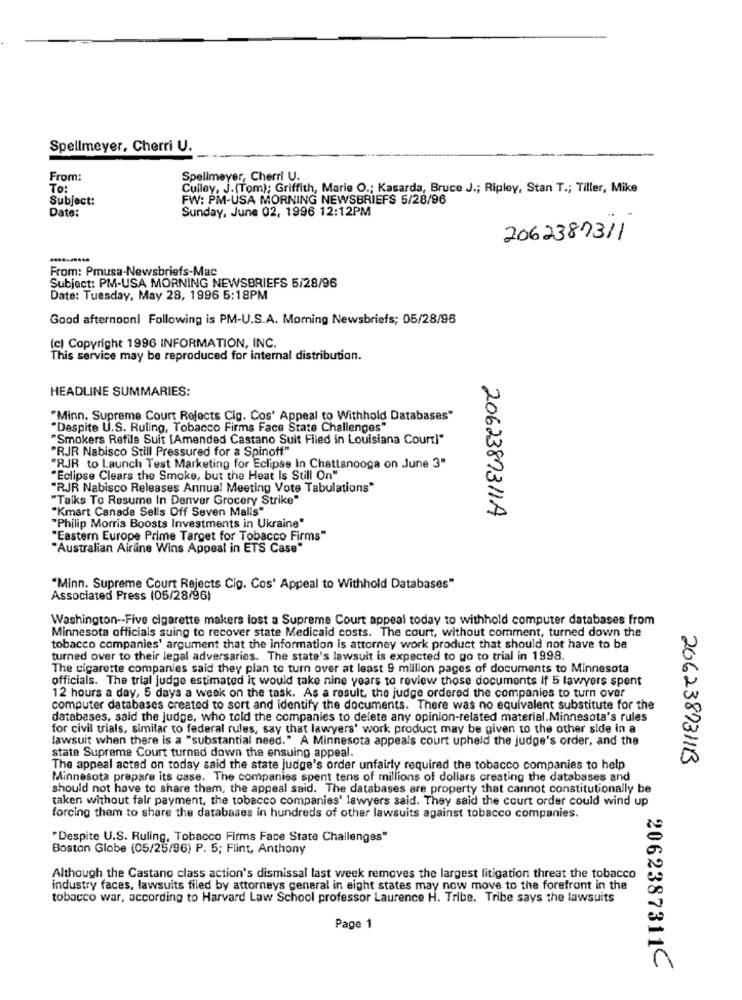
Spellmeyer, Cherri U.
From:
Spellmeyer, Cherri U.
To:
Culley, J.(Tom); Griffith, Marie O .; Kasarda, Bruce J .; Ripley, Stan T .; Tiller, Mike
Subject:
FW: PM-USA MORNING NEWSBRIEFS 5/28/96
Date:
Sunday, June 02, 1996 12:12PM
2062387311
From: Pmusa-Newsbriefs-Mac
Subject: PM-USA MORNING NEWSBRIEFS 5/28/96
Date: Tuesday, May 28, 1996 5:18PM
Good afternoon! Following is PM-U.S.A. Morning Newsbriefs; 05/28/96
(c) Copyright 1996 INFORMATION, INC.
This service may be reproduced for internal distribution.
HEADLINE SUMMARIES:
"Minn. Supreme Court Rejects Cig. Cos' Appeal to Withhold Databases"
"Despite U.S. Ruling, Tobacco Firms Face State Challenges"
"Smokers Refile Suit [Amended Castano Suit Filed in Louisiana Court]"
"RJR Nabisco Still Pressured for a Spinoff"
"RJR to Launch Test Marketing for Eclipse In Chattanooga on June 3"
"Eclipse Clears the Smoke, but the Heat Is Still On"
"RJR Nabisco Releases Annual Meeting Vote Tabulations"
"Talks To Resume In Denver Grocery Strike"
"Kmart Canada Selis Off Seven Malis"
2062387311A
"Philip Morris Boosts Investments in Ukraine"
"Eastern Europe Prime Target for Tobacco Firms"
"Australian Airline Wins Appeal in ETS Case"
"Minn. Supreme Court Rejects Cig. Cos' Appeal to Withhold Databases"
Associated Press (05/28/96)
Washington -- Five cigarette makers lost a Supreme Court appeal today to withhold computer databases from
Minnesota officials suing to recover state Medicaid costs. The court, without comment, turned down the
tobacco companies' argument that the information is attorney work product that should not have to be
turned over to their legal adversaries. The state's lawsuit is expected to go to trial in 1998.
The cigarette companies said they plan to turn over at least 9 million pages of documents to Minnesota
officials. The trial judge estimated it would take nine years to review those documents If 5 lawyers spent
12 hours a day, 5 days a week on the task. As a result, the judge ordered the companies to turn over
computer databases created to sort and identify the documents. There was no equivalent substitute for the
databases, said the judge, who told the companies to delete any opinion-related material.Minnesota's rules
for civil trials, similar to federal rules, say that lawyers' work product may be given to the other side in a
lawsuit when there is a "substantial need." A Minnesota appeals court upheld the judge's order, and the
state Supreme Court turned down the ensuing appeal.
2062387311B
The appeal acted on today said the state judge's order unfairly required the tobacco companies to help
Minnesota prepare its case. The companies spent tens of millions of dollars creating the databases and
should not have to share them, the appeal said. The databases are property that cannot constitutionally be
taken without falr payment, the tobacco companies' lawyers said. They said the court order could wind up
forcing them to share the databases in hundreds of other lawsuits against tobacco companies.
"Despite U.S. Ruling, Tobacco Firms Face State Challenges"
Boston Globe (05/25/96) P. 5; Flint, Anthony
Although the Castano class action's dismissal last week removes the largest litigation threat the tobacco
industry faces, lawsuits filed by attorneys general in eight states may now move to the forefront in the
tobacco war, according to Harvard Law School professor Laurence H. Tribe. Tribe says the lawsuits
Page 1
2062387311Ć